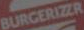
BURGERIZER